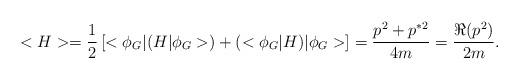
LaTeX: \begin{align*} <H>=\frac {1}{2}\left[<\phi_G|(H|\phi_G>)+(<\phi_G|H)|\phi_G>\right]= \frac{p^2+p^{\ast 2}} {4m}= \frac {\Re(p^2)} {2m}.\end{align*}